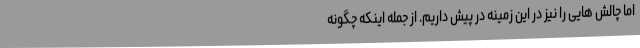
اما چالش هایی را نیز در این زمینه در پیش داریم. از جمله اینکه چگونه